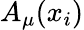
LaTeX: A_{\mu}(x_{i})